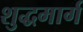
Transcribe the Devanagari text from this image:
शुद्धमार्ग